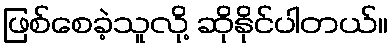
ဖြစ်စေခဲ့သူလို့ ဆိုနိုင်ပါတယ်။